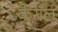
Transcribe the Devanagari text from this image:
कैरॉल